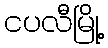
ငပလီမြို့